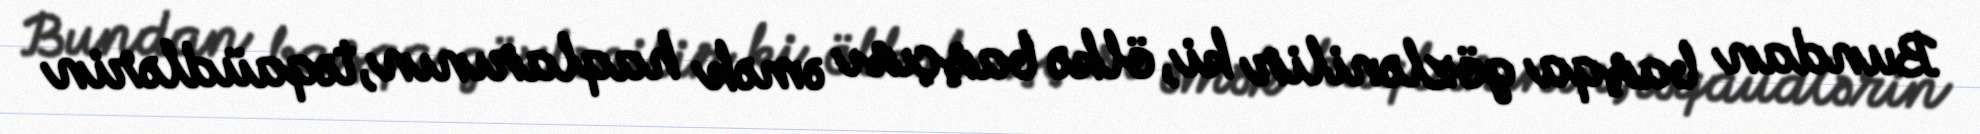
Bundan başqa gözlənilir ki, ölkə başçısı əmək haqlarının, təqaüdlərin